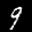
Label: 9